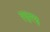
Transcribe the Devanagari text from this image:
ह्ळूह्ळू